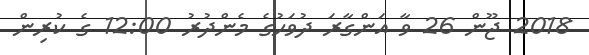
2018 ޖޫން 26 ވާ އަންގާރަ ދުވަހުގެ މެންދުރު 12:00 ގެ ކުރިން